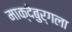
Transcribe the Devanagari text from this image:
माक्देबुर्गला